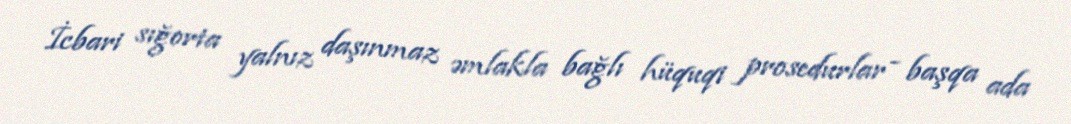
İcbari sığorta yalnız daşınmaz əmlakla bağlı hüquqi prosedurlar - başqa ada